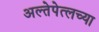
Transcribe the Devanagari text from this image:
अल्तेपेत्लच्या